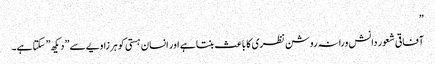
”
آفاقی شعور دانش ورانہ روشن نظری کا باعث بنتا ہے اور انسان ہستی کو ہر زاویے سے ”دیکھ” سکتا ہے۔